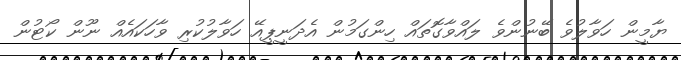
ޔާމީން ހަވާލުވެ ބޭނުންވެ ލައްވާގޮތައް ހިންގަމުން އެދަނީޕީއޭ ހަވާލުކުރި ވާހަކައެއް ނޫން ކޯޓުން